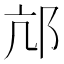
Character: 邟